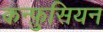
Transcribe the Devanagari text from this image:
कन्फ़ुसियन